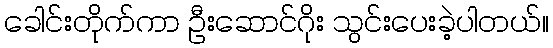
ခေါင်းတိုက်ကာ ဦးဆောင်ဂိုး သွင်းပေးခဲ့ပါတယ်။